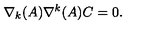
\nabla _ { k } ( A ) \nabla ^ { k } ( A ) C = 0 .